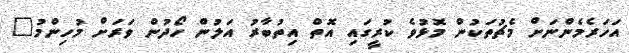
އަހަރެމެންނަށް މެޗުތަކުން މޮޅުވެ ކުރީގައި އޮތް އިތުބާރު އަލުން ހޯދުން ވަރަށް މުހިންމު"